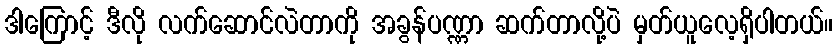
ဒါကြောင့် ဒီလို လက်ဆောင်လဲတာကို အခွန်ပဏ္ဏာ ဆက်တာလို့ပဲ မှတ်ယူလေ့ရှိပါတယ်။